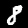
Label: 8